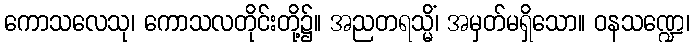
ကောသလေသု၊ ကောသလတိုင်းတို့၌။ အညတရသ္မိံ၊ အမှတ်မရှိသော။ ဝနသဏ္ဍေ၊